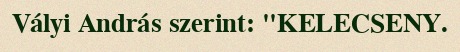
Vályi András szerint: "KELECSENY.